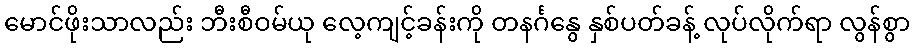
မောင်ဖိုးသာလည်း ဘီးစီဝမ်ယု လေ့ကျင့်ခန်းကို တနင်္ဂနွေ နှစ်ပတ်ခန့် လုပ်လိုက်ရာ လွန်စွာ